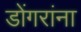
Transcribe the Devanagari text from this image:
डोंगरांना